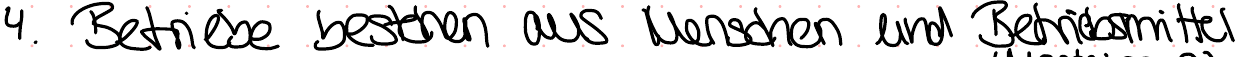
4. Betriebe bestehen aus Menschen und Betriebsmittel